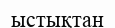
ыстықтан